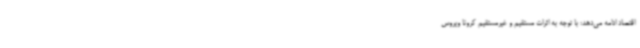
اقتصاد ادامه می‌دهد: با توجه به اثرات مستقیم و غیرمستقیم کرونا ویروس